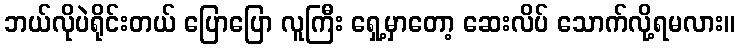
ဘယ်လိုပဲရိုင်းတယ် ပြောပြော လူကြီး ရှေ့မှာတော့ ဆေးလိပ် သောက်လို့ရမလား။